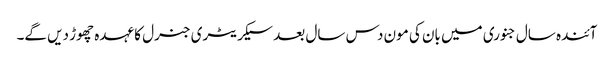
آئندہ سال جنوری میں بان کی مون دس سال بعد سیکریٹری جنرل کا عہدہ چھوڑ دیں گے۔